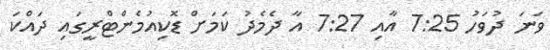
ވަނަ ދުވަހު 7:25 އާއި 7:27 އާ ދެމެދު ކަމަށް ޑޮކިއުމެންޓްރީގައި ދައްކަ